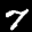
Label: 7